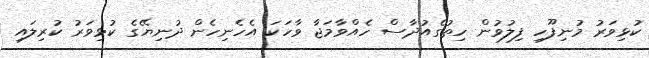
ކުޅިވަރު މުނިފޫހި ފިލުވުން ހިތުގެއުދާސް ހެއްވާމަޖާ ވާހަކަ އެހެނިހެން ދުނިޔޭގެ ކުޅިވަރު ކުރިލައި